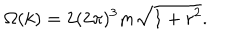
\Omega ( k ) = 2 ( 2 \pi ) ^ { 3 } m \sqrt { 1 + r ^ { 2 } } .